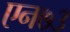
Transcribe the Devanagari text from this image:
एन७३